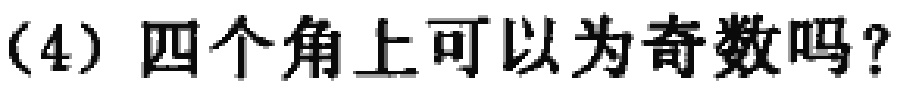
(4) 四个角上可以为奇数吗？